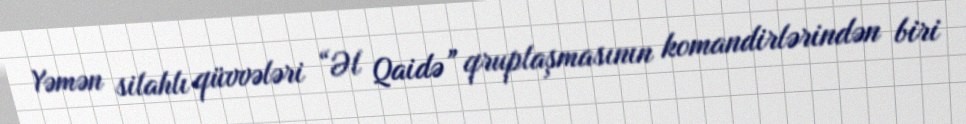
Yəmən silahlı qüvvələri “Əl Qaidə” qruplaşmasının komandirlərindən biri